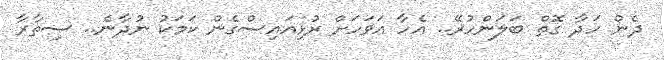
ދެން ހަދާ ގޮތް ބަލަންހުރޭ.. އެހާ އަވަހަށް ރުޅިއައިސްގެން ކަމަކު ނުދާނެ.. ސިތާރާ